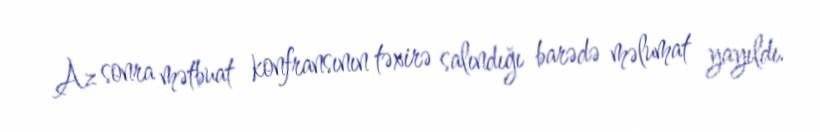
Az sonra mətbuat konfransının təxirə salındığı barədə məlumat yayıldı.